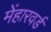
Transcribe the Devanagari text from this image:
मेंहारवर्ड